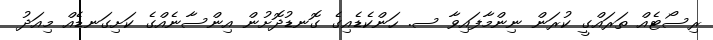
ރިސޯޓެއް ތަރައްގީ ކުރަން ނިންމާފައިވާ ސ. ހަންކެޑެއިގެ ގޮނޑުދޮށުން އިންސާނެއްގެ ކަށިގަނޑެއް މިއަދު